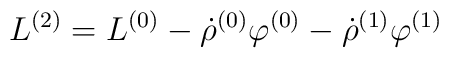
L^{(2)} = L^{(0)} - \dot\rho^{(0)}\varphi^{(0)} - \dot\rho^{(1)}\varphi^{(1)}